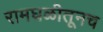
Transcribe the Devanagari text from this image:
रामघळीतूनच